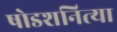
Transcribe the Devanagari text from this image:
षोडशनित्या